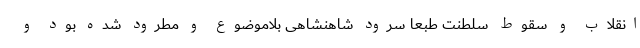
انقلاب و سقوط سلطنت طبعاً سرود شاهنشاهی بلاموضوع و مطرود شده بود و